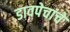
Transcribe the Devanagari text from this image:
डावपेचांचे